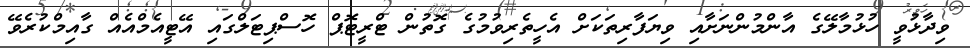
ވިދާޅުވީ ހުޅުމާލޭގެ އާންމުންނަށާއި ވިޔަފާރިތަކަށް އެހީތެރިވުމުގެ ގޮތުން ޓްރީޓޮޕް ހޮސްޕިޓަލްގައި އޭޓީއެމްއެއް ގާއިމްކުރެވޭ